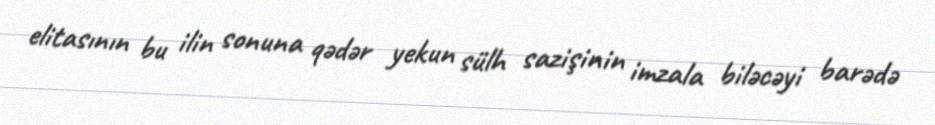
elitasının bu ilin sonuna qədər yekun sülh sazişinin imzala biləcəyi barədə